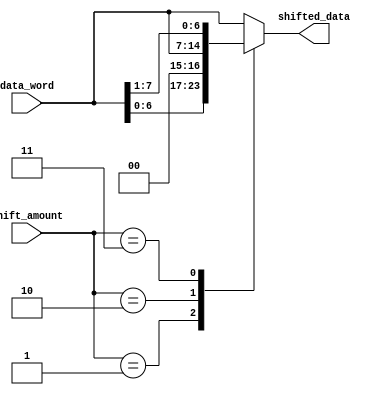
module Barrel_Shifter (
    input [7:0] data_word,
    input [3:0] shift_amount,
    output reg [7:0] shifted_data
);

always @(*) begin
    case(shift_amount)

        4'b0000: shifted_data = data_word; // No shift
        4'b0001: shifted_data = data_word << 1; // Left shift by 1
        4'b0010: shifted_data = data_word >> 1; // Right shift by 1
        4'b0011: shifted_data = {data_word[0], data_word[7:1]}; // Circular shift left by 1
        4'b0100: shifted_data = {data_word[1:7], data_word[0]}; // Circular shift right by 1
        // Add more cases for additional shift operations as needed

        default: shifted_data = data_word; // Default to no shift
    endcase
end

endmodule